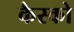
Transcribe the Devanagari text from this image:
कैस्को